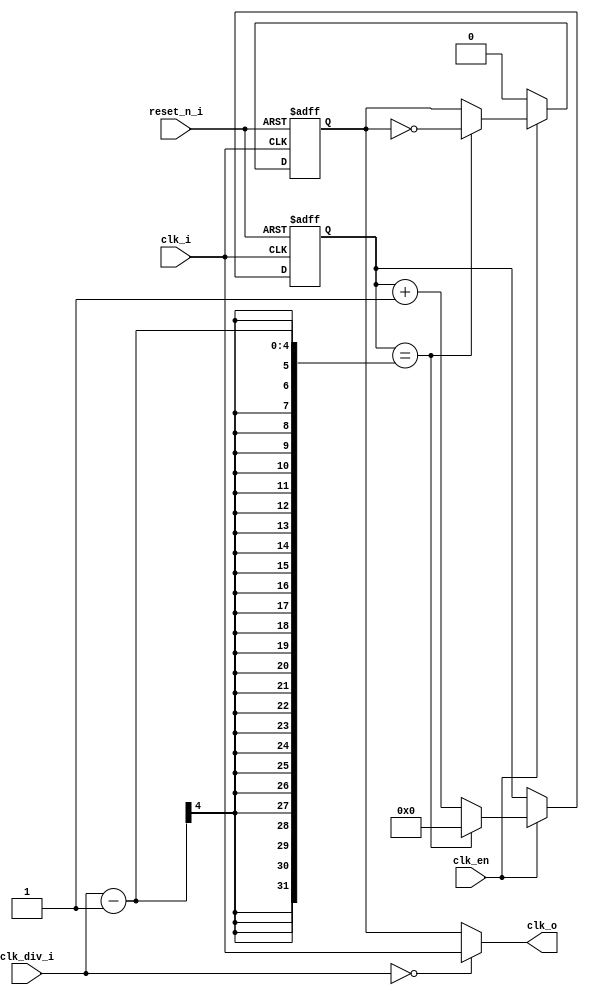
module CLK_gen (
	input 			clk_i,
	input				reset_n_i,
	input				clk_en,
	input [3:0]		clk_div_i,
	output 			clk_o
);
	    
	reg clk_y;
	reg [3:0] clk_cnt_y;
	
	always@(posedge clk_i,negedge reset_n_i)
	begin
		if (!reset_n_i)
		begin
			clk_cnt_y <= 0;
			clk_y <= 0;
		end
		else if(clk_en)
		begin
			if(clk_cnt_y == clk_div_i-1)
			begin
				clk_y <= ~clk_y; 
				clk_cnt_y <= 0;
			end
			else 
				clk_cnt_y <= clk_cnt_y +1;
		end
		else
			clk_y <= 0;
	end
	
	assign clk_o = (clk_div_i==0) ? clk_i : clk_y;

endmodule